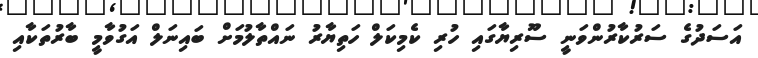
އަސަދުގެ ސަރުކާރުންވަނީ ސޫރިޔާގައި ހުރި ކެމިކަލް ހަތިޔާރު ނައްތާލުމަށް ބައިނަލް އަގުވާމީ ބާރުތަކާއި